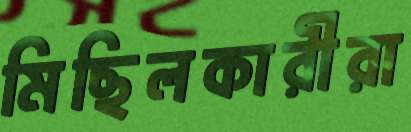
মিছিলকারীরা